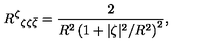
R ^ { \zeta } { } _ { \zeta \zeta \bar { \zeta } } = \frac { 2 } { R ^ { 2 } \left( 1 + { | \zeta | ^ { 2 } } / { R ^ { 2 } } \right) ^ { 2 } } ,